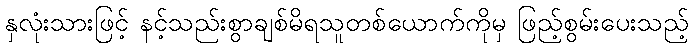
နှလုံးသားဖြင့် နင့်သည်းစွာချစ်မိရသူတစ်ယောက်ကိုမှ ဖြည့်စွမ်းပေးသည့်